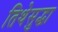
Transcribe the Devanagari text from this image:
तिथेसुद्धा